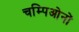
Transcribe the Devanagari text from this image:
चम्पिओनों